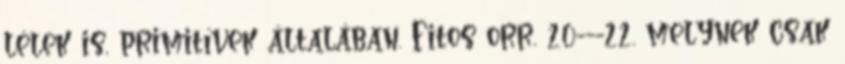
lélek is, primitívek általában. Fitos orr, 20---22. melynek csak